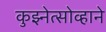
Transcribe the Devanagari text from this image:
कुझ्नेत्सोव्हाने